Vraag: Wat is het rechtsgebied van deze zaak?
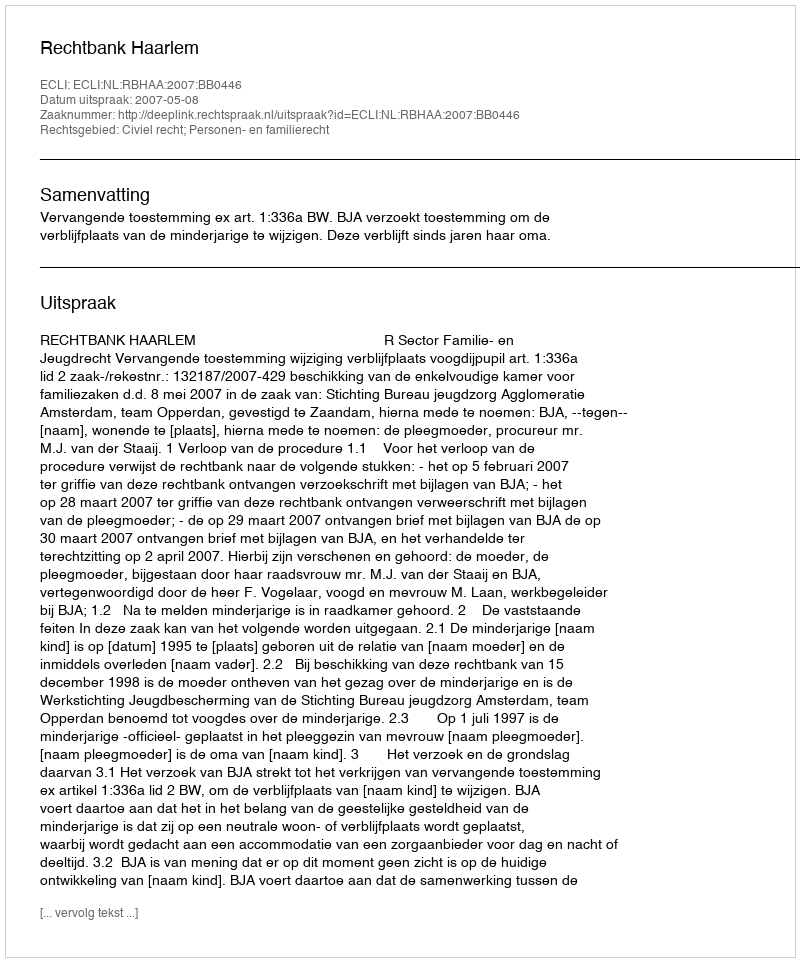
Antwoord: Civiel recht; Personen- en familierecht